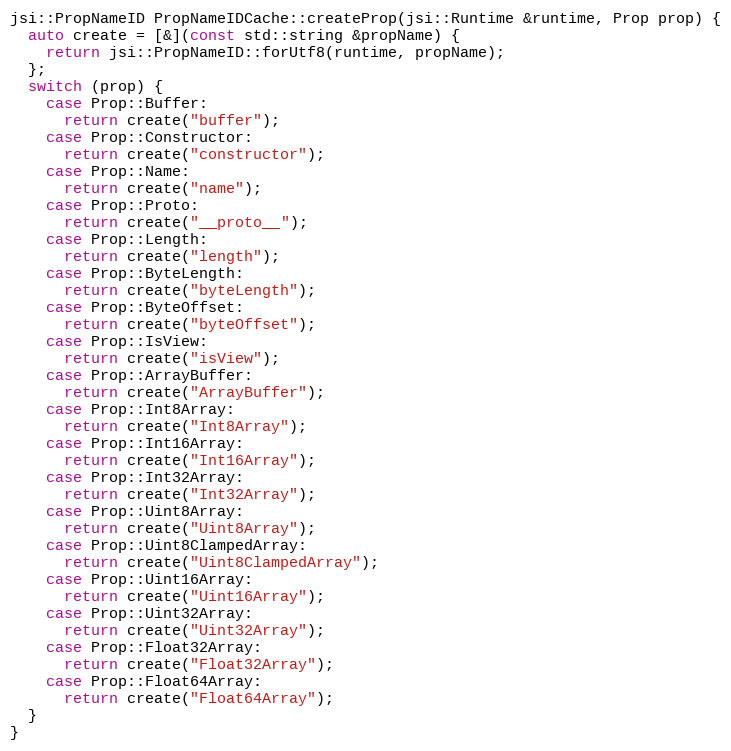
Language: C++
jsi::PropNameID PropNameIDCache::createProp(jsi::Runtime &runtime, Prop prop) {
  auto create = [&](const std::string &propName) {
    return jsi::PropNameID::forUtf8(runtime, propName);
  };
  switch (prop) {
    case Prop::Buffer:
      return create("buffer");
    case Prop::Constructor:
      return create("constructor");
    case Prop::Name:
      return create("name");
    case Prop::Proto:
      return create("__proto__");
    case Prop::Length:
      return create("length");
    case Prop::ByteLength:
      return create("byteLength");
    case Prop::ByteOffset:
      return create("byteOffset");
    case Prop::IsView:
      return create("isView");
    case Prop::ArrayBuffer:
      return create("ArrayBuffer");
    case Prop::Int8Array:
      return create("Int8Array");
    case Prop::Int16Array:
      return create("Int16Array");
    case Prop::Int32Array:
      return create("Int32Array");
    case Prop::Uint8Array:
      return create("Uint8Array");
    case Prop::Uint8ClampedArray:
      return create("Uint8ClampedArray");
    case Prop::Uint16Array:
      return create("Uint16Array");
    case Prop::Uint32Array:
      return create("Uint32Array");
    case Prop::Float32Array:
      return create("Float32Array");
    case Prop::Float64Array:
      return create("Float64Array");
  }
}